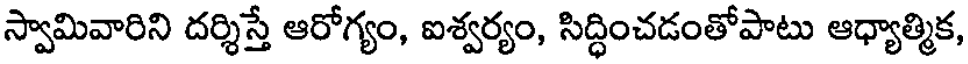
స్వామివారిని దర్శిస్తే ఆరోగ్యం, ఐశ్వర్యం, సిద్ధించడంతోపాటు ఆధ్యాత్మిక,